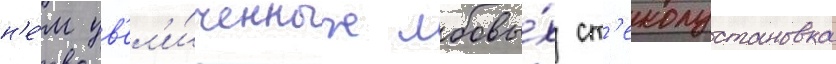
н'е́м ув'ел'и́ченных лобовы́х ст'еколустановка